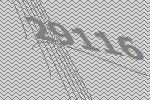
29116